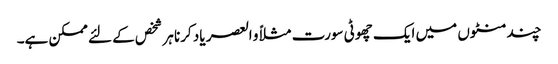
چند منٹوں میں ایک چھوٹی سورت مثلاً و العصر یاد کرنا ہر شخص کے لئے ممکن ہے۔